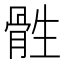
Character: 𮪨